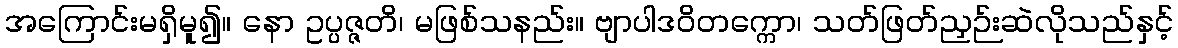
အကြောင်းမရှိမူ၍။ နော ဥပ္ပဇ္ဇတိ၊ မဖြစ်သနည်း။ ဗျာပါဒဝိတက္ကော၊ သတ်ဖြတ်ညှဉ်းဆဲလိုသည်နှင့်